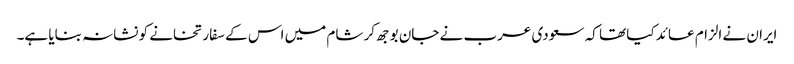
ایران نے الزام عائد کیا تھا کہ سعودی عرب نے جان بوجھ کر شام میں اس کے سفارتخانے کو نشانہ بنایا ہے۔